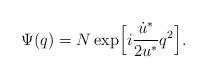
LaTeX: \begin{align*}\Psi(q) = N \exp \Bigl[i \frac{\dot{u}^*}{2 u^*} q^2 \Bigr].\end{align*}